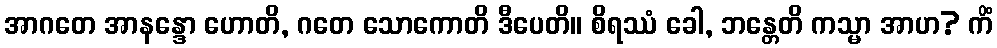
အာဂတေ အာနန္ဒော ဟောတိ, ဂတေ သောကောတိ ဒီပေတိ။ စိရဿံ ခေါ, ဘန္တေတိ ကသ္မာ အာဟ? ကိံ